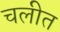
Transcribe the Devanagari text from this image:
चलीत